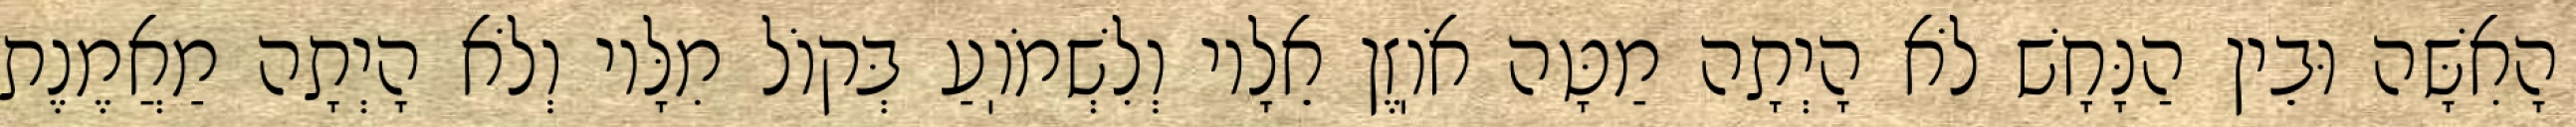
הָאִשָּׁה וּבֵין הַנָּחָשׁ לֹא הָיְתָה מַטָּה אֹוֽזֶן אֵלָיו וְלִשְׁמֹוֽעַ בְּקוֹל מִלָּיו וְלֹא הָיְתָה מַאֲמֶנֶת